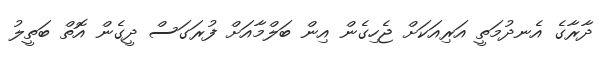
ދާރާގެ އެނދުމަތީ އަރިއަކަށް ޖެހިގެން އިން ބަލްމާއަށް ފުރަގަސް ދީގެން އޮތް ބަތީލު